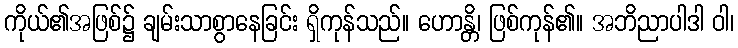
ကိုယ်၏အဖြစ်၌ ချမ်းသာစွာနေခြင်း ရှိကုန်သည်။ ဟောန္တိ၊ ဖြစ်ကုန်၏။ အဘိညာပါဒါ ဝါ၊